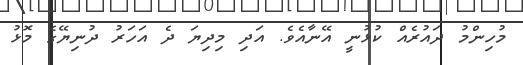
މުހިންމު ދައުރެއް ކުޅުނީ އޭނާއެވެ. އަދި މިދިޔަ ދެ އަހަރު ދުނިޔޭގެ މޮޅު